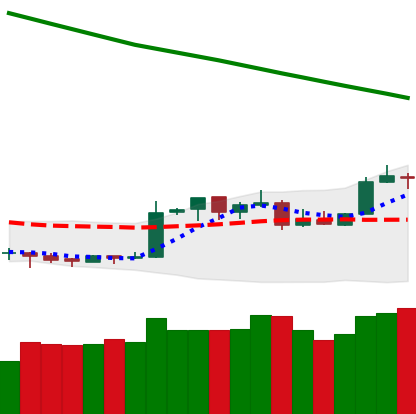
Ticker: XMR-USD
Chart end date: 2019-02-20
Forward return: -3.9%
Label: down_3_5